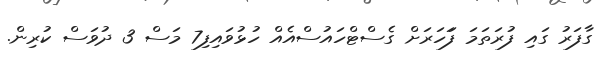
ގާފަރު ގައި ފުރަތަމަ ފަަހަރަށް ގެސްޓްހައުސްއެއް ހުޅުވައިފި7 މަސް 3 ދުވަސް ކުރިން.